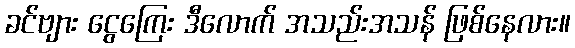
ခင်ဗျား ငွေကြေး ဒီလောက် အသည်းအသန် ဖြစ်နေလား။